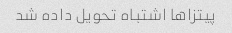
پیتزاها اشتباه تحویل داده شد